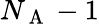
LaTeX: N_{\mathrm{~A~}}-1